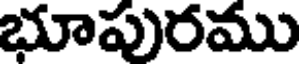
భూపురము